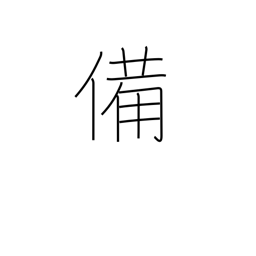
Meaning: preparation